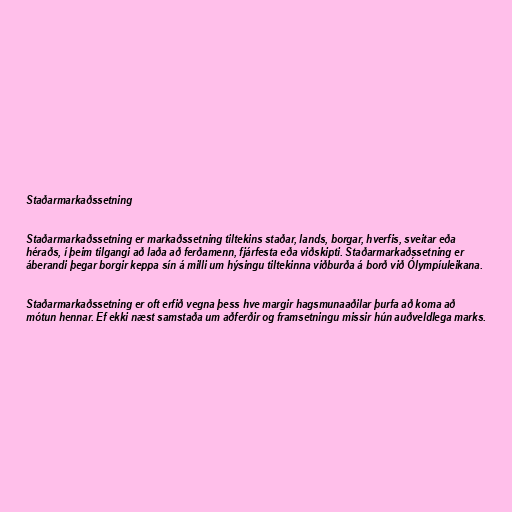
Staðarmarkaðssetning

Staðarmarkaðssetning er markaðssetning tiltekins staðar, lands, borgar, hverfis, sveitar eða
héraðs, í þeim tilgangi að laða að ferðamenn, fjárfesta eða viðskipti. Staðarmarkaðssetning er
áberandi þegar borgir keppa sín á milli um hýsingu tiltekinna viðburða á borð við Ólympíuleikana.

Staðarmarkaðssetning er oft erfið vegna þess hve margir hagsmunaaðilar þurfa að koma að
mótun hennar. Ef ekki næst samstaða um aðferðir og framsetningu missir hún auðveldlega marks.